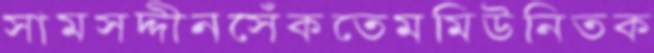
সামসদ্দীনসেঁকতেমমিউনিতক